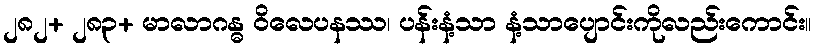
၂၈၂+ ၂၈၃+ မာလာဂန္ဓ ဝိလေပနဿ၊ ပန်းနံ့သာ နံ့သာပျောင်းကိုလည်းကောင်း။